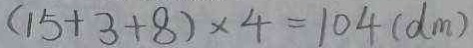
( 1 5 + 3 + 8 ) \times 4 = 1 0 4 ( d m )